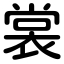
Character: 裳